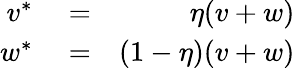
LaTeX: \begin{array}{rlr}{v^{*}}&{{}=}&{\eta(v+w)}\\ {w^{*}}&{{}=}&{(1-\eta)(v+w)}\end{array}